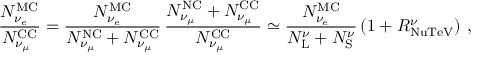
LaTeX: \frac { N _ { \nu _ { e } } ^ { \mathrm { M C } } } { N _ { \nu _ { \mu } } ^ { \mathrm { C C } } } = \frac { N _ { \nu _ { e } } ^ { \mathrm { M C } } } { N _ { \nu _ { \mu } } ^ { \mathrm { N C } } + N _ { \nu _ { \mu } } ^ { \mathrm { C C } } } \, \frac { N _ { \nu _ { \mu } } ^ { \mathrm { N C } } + N _ { \nu _ { \mu } } ^ { \mathrm { C C } } } { N _ { \nu _ { \mu } } ^ { \mathrm { C C } } } \simeq \frac { N _ { \nu _ { e } } ^ { \mathrm { M C } } } { N _ { \mathrm { L } } ^ { \nu } + N _ { \mathrm { S } } ^ { \nu } } \left( 1 + R _ { \mathrm { N u T e V } } ^ { \nu } \right) \, ,